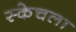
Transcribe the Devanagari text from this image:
स्केचला